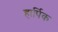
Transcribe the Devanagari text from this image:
हार्पिक